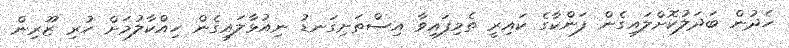
ހެދުން ބަދަލުކޮށްލައިގެން ފަންކާގެ ކައިރީ ތެމިފައިވާ އިސްތަށިގަނޑު ނިއުޅާލައިގެން ހިއްކާލުމަށް ހުރި ޒޫރިން